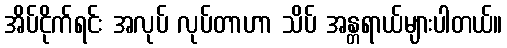
အိပ်ငိုက်ရင်း အလုပ် လုပ်တာဟာ သိပ် အန္တရာယ်များပါတယ်။